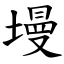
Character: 墁